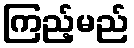
ကြည့်မည်